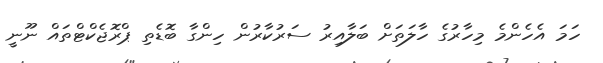
ހަމަ އެހެންމެ މިހާރުގެ ހާލަތަށް ބަލާއިރު ސަރުކާރުން ހިންގާ ބޮޑެތި ޕްރޮޖެކްޓްތައް ނޫނީ